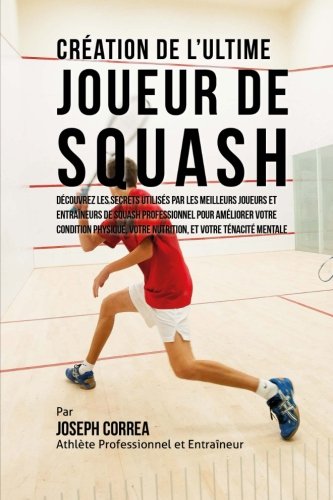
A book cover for Creation de l'Ultime Joueur de Squash: Decouvrez les secrets utilises par les meilleurs joueurs et entraineurs de squash professionnel pour ameliorer ... et votre Tenacite Mentale (French Edition); Joseph Correa (Athlete Professionnel et Entraineur); Sports & Outdoors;